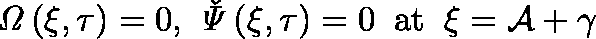
\mathit { \Omega } \left( \xi , \tau \right) = 0 , \; \mathit { \check { \Psi } } \left( \xi , \tau \right) = 0 \; \; \mathrm { a t } \; \; \xi = \mathcal { A } + \gamma